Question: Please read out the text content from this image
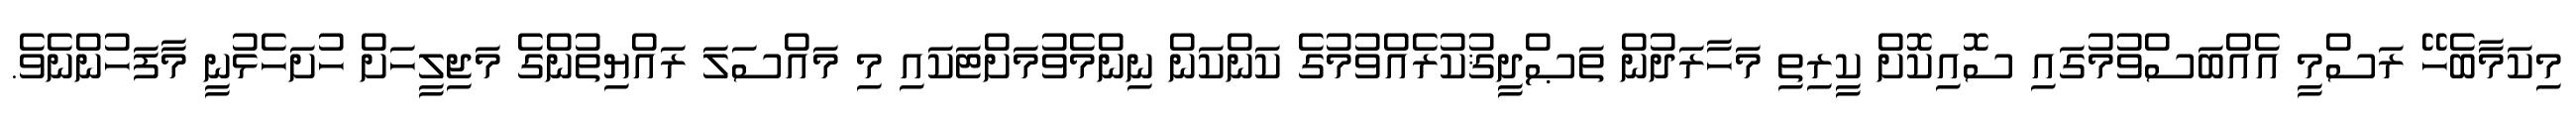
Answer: މިކަމާބެހޭ ރަސްމީ އެއްބަސްވުމުގައި ސޮއިކޮށް ކީރިތި މަހާރަދުން ތަޞްދީޤުކުރެއްވުމުގެ ކަންކަން ނިންމެވުމަށްޓަކައި މި މައްސަލަ ރައްޔިތުންގެ މަޖިލީހަށް ހުށަހެޅުނީ މާފަހުންނެވެ.